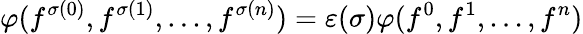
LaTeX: \varphi(f^{\sigma(0)},f^{\sigma(1)},...,f^{\sigma(n)})=\varepsilon(\sigma)\varphi(f^{0},f^{1},...,f^{n})